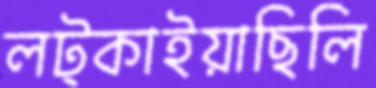
লট্‌কাইয়াছিলি